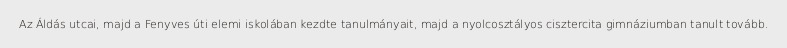
Az Áldás utcai, majd a Fenyves úti elemi iskolában kezdte tanulmányait, majd a nyolcosztályos cisztercita gimnáziumban tanult tovább.